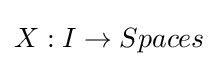
X:I\to Spaces